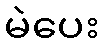
မဲပေး